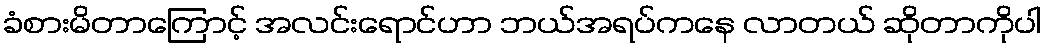
ခံစားမိတာကြောင့် အလင်းရောင်ဟာ ဘယ်အရပ်ကနေ လာတယ် ဆိုတာကိုပါ